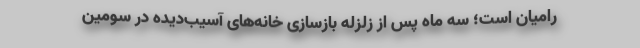
رامیان است؛ سه ماه پس از زلزله بازسازی خانه‌های آسیب‌دیده در سومین